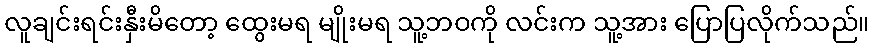
လူချင်းရင်းနှီးမိတော့ ထွေးမရ မျိုးမရ သူ့ဘဝကို လင်းက သူ့အား ပြောပြလိုက်သည်။